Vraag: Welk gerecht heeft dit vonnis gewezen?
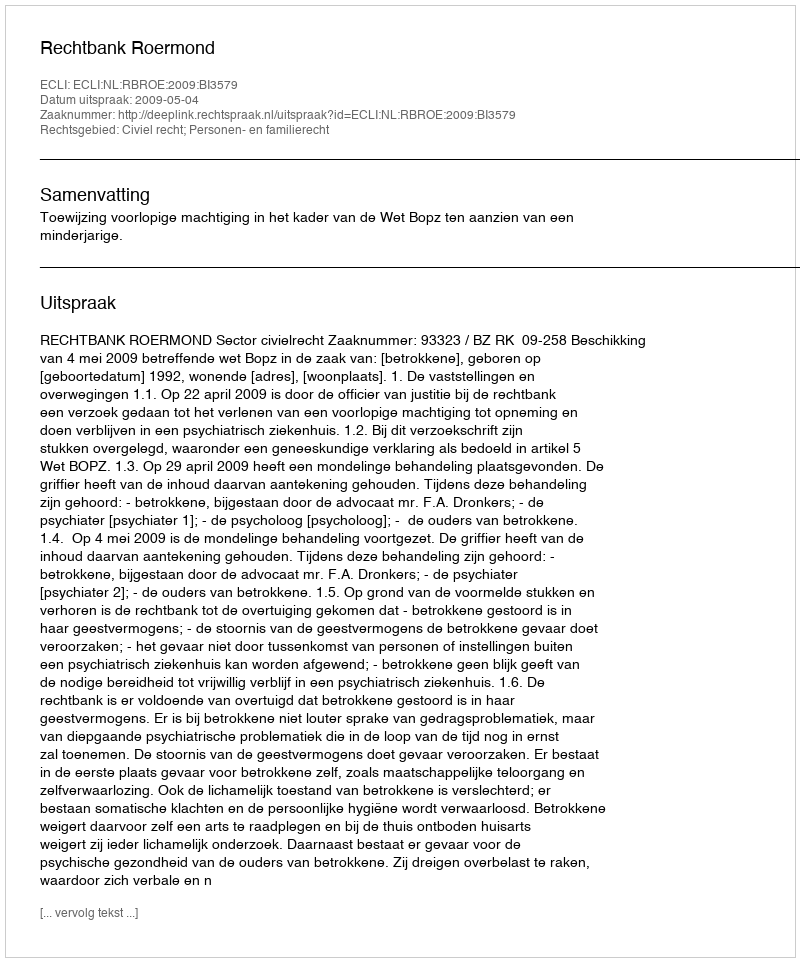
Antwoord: Rechtbank Roermond